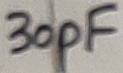
Text: 30pF